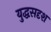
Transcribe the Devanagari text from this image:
युद्धसदृश